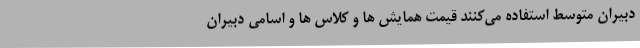
دبیران متوسط استفاده می­کنند قیمت همایش ها و کلاس ها و اسامی دبیران